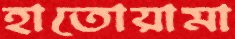
হাতোয়ামা